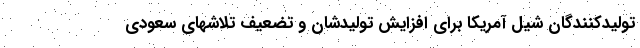
تولیدکنندگان شیل آمریکا برای افزایش تولیدشان و تضعیف تلاشهای سعودی